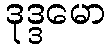
ဒုဒ္ဒမော